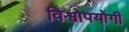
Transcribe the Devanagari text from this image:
विश्वोपयोगी